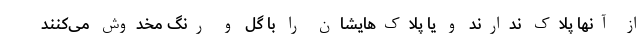
از آنها پلاک ندارند و یا پلاک‌هایشان را با گِل و رنگ مخدوش می‌کنند